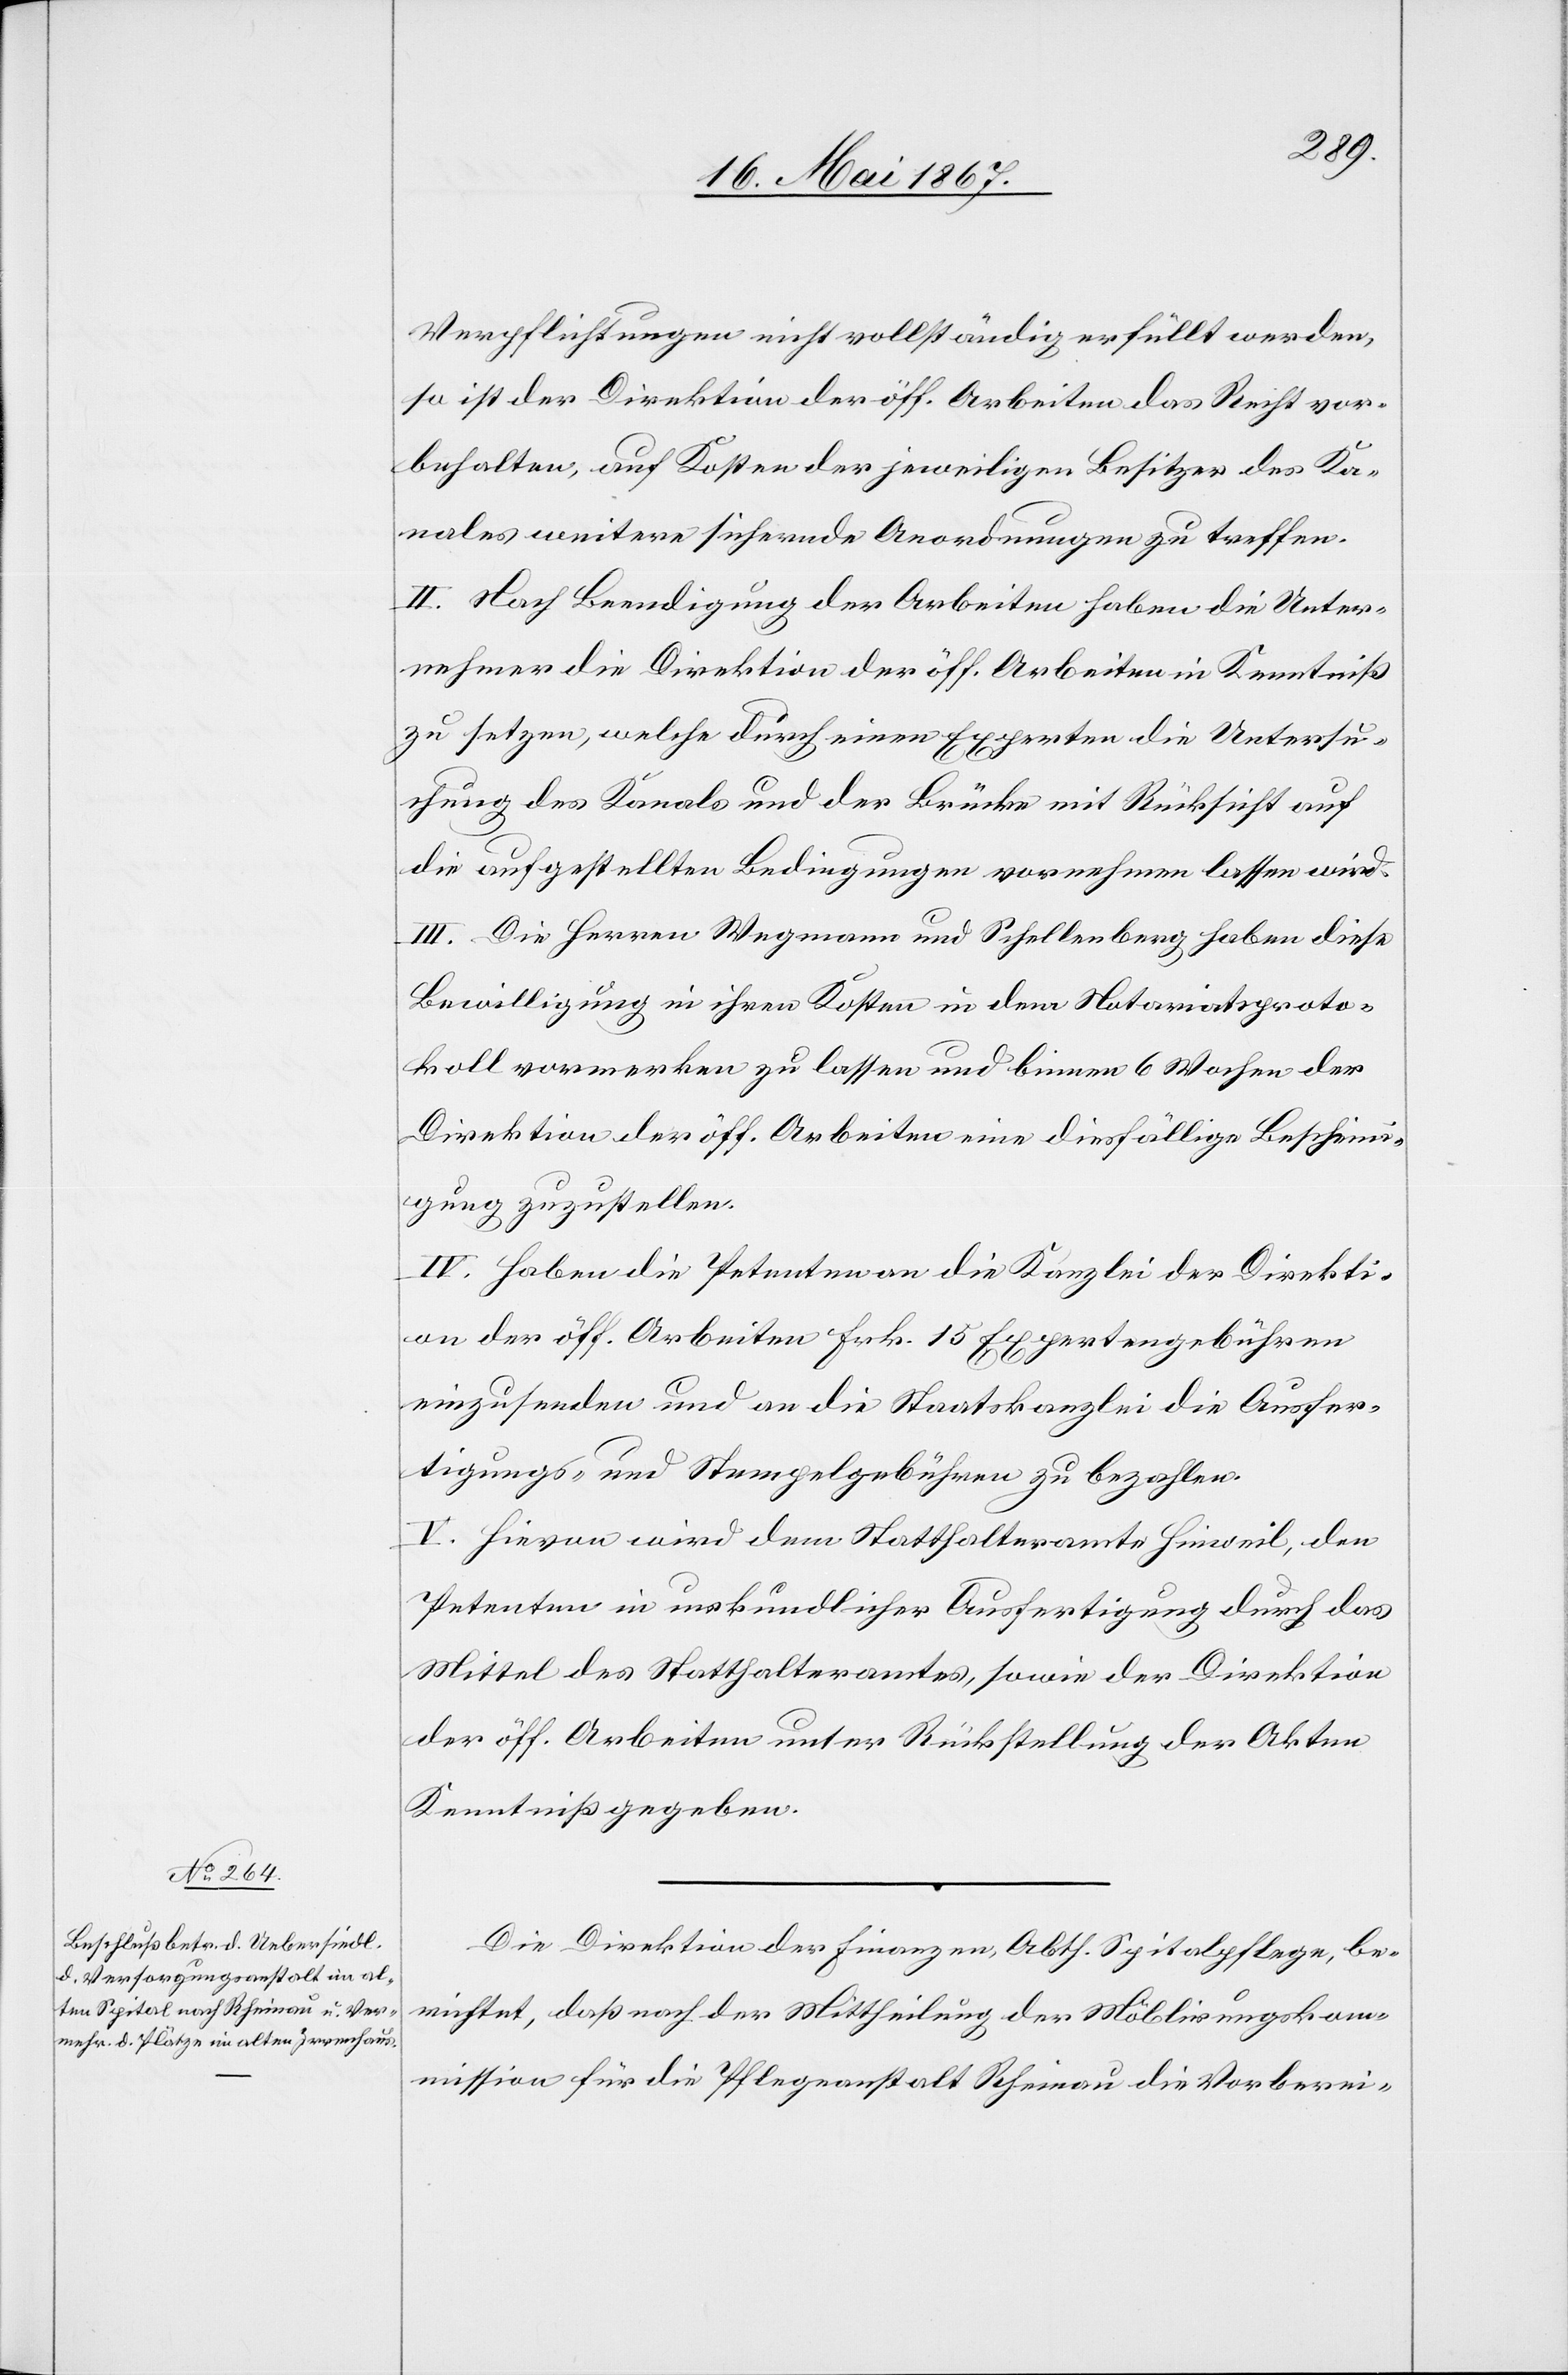
Verpflichtungen nicht vollständig erfüllt werden,
so ist der Direktion der öff. Arbeiten das Recht vor¬
behalten, auf Kosten der jeweiligen Besitzer des Ka¬
nales weitere sichernde Anordnungen zu treffen.
II. Nach Beendigung der Arbeiten haben die Unter¬
nehmer die Direktion der öff. Arbeiten in Kenntniß
zu setzen, welche durch einen Experten die Untersu¬
chung des Kanals und der Brücke mit Rücksicht auf
die aufgestellten Bedingungen vornehmen lassen wird.
III. Die Herren Wegmann und Schellenberg haben diese
Bewilligung in ihren Kosten in dem Notariatsproto¬
koll vormerken zu lassen und binnen 6 Wochen der
Direktion der öff. Arbeiten eine diesfällige Bescheini¬
gung zuzustellen.
IV. Haben die Petenten an die Kanzlei der Direkti¬
on der öff. Arbeiten Frk. 15 Expertengebühren
einzusenden und an die Staatskanzlei die Ausfer¬
tigungs- und Stempelgebühren zu bezahlen.
V. Hievon wird dem Statthalteramte Hinweil, den
Petenten in urkundlicher Ausfertigung durch das
Mittel des Statthalteramtes, sowie der Direktion
der öff. Arbeiten unter Rückstellung der Akten
Kenntniß gegeben.
Die Direktion der Finanzen, Abth. Spitalpflege, be¬
richtet, daß nach der Mittheilung der Möblirungskom¬
mission für die Pflegeanstalt Rheinau die Vorberei-